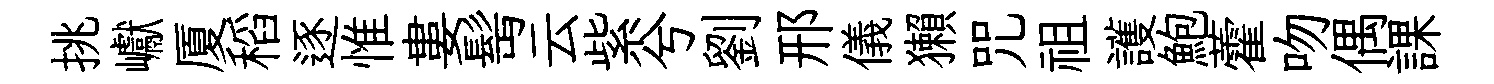
挑巘厦稻逐惟婁髩云紫兮劉邢儀獺咒祖護鮑藿吻偶課